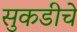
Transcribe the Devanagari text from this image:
सुकडीचे